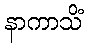
နာကာသိံ